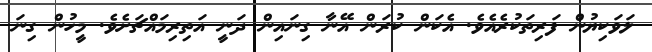
ލަވަކިޔުން ފަރިތަކުރެއެވެ. އެކަން ކުރަން އޭނާ ގިނައިން ދަނީ އަތިރިމައްޗަށެވެ. މީހުން ގިނަ